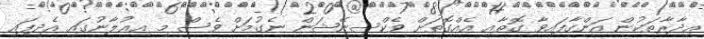
އިދާރާތަކުން އަންގާފައިވާ ގޮތާއި އެއްގޮތަށް ވެކްސިނޭޝަން ނެގުމަށް ވެސް މި އިޢުލާނުގައި އެދިފައި